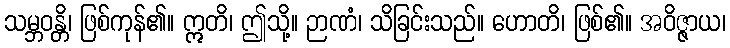
သမ္ဘဝန္တိ၊ ဖြစ်ကုန်၏။ ဣတိ၊ ဤသို့။ ဉာဏံ၊ သိခြင်းသည်။ ဟောတိ၊ ဖြစ်၏။ အဝိဇ္ဇာယ၊